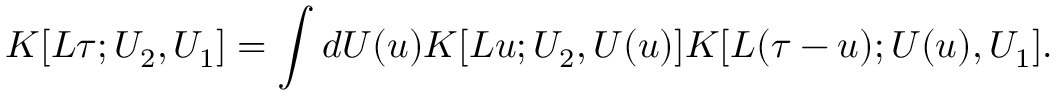
{ \cal K } [ L \tau ; U _ { 2 } , U _ { 1 } ] = \int d U ( u ) { \cal K } [ L u ; U _ { 2 } , U ( u ) ] { \cal K } [ L ( \tau - u ) ; U ( u ) , U _ { 1 } ] .